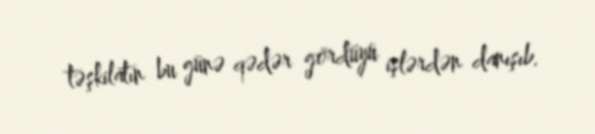
təşkilatın bu günə qədər gördüyü işlərdən danışıb.